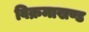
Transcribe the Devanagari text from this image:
विक्रमाखण्ड